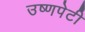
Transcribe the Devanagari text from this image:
उष्णपेटी